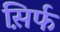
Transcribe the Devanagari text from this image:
स़िर्फ